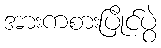
အားကစားပြိုင်ပွဲ